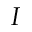
I